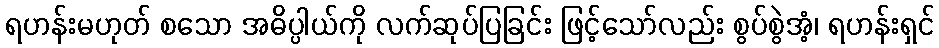
ရဟန်းမဟုတ် စသော အဓိပ္ပါယ်ကို လက်ဆုပ်ပြခြင်း ဖြင့်သော်လည်း စွပ်စွဲအံ့၊ ရဟန်းရှင်